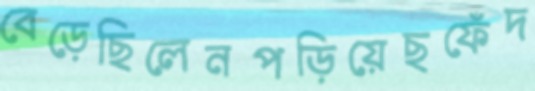
বেড়েছিলেনপড়িয়েছফেঁদ